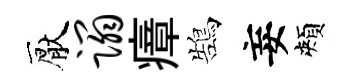
厭蹋瘴鵠妄頰